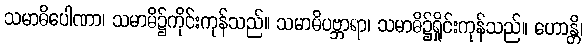
သမာဓိပေါဏာ၊ သမာဓိ၌ကိုင်းကုန်သည်။ သမာဓိပဗ္ဘာရာ၊ သမာဓိ၌ရှိုင်းကုန်သည်။ ဟောန္တိ၊